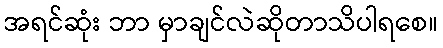
အရင်ဆုံး ဘာ မှာချင်လဲဆိုတာသိပါရစေ။